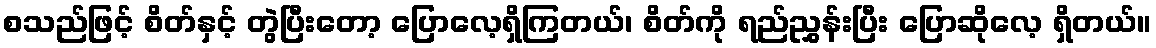
စသည်ဖြင့် စိတ်နှင့် တွဲပြီးတော့ ပြောလေ့ရှိကြတယ်၊ စိတ်ကို ရည်ညွှန်းပြီး ပြောဆိုလေ့ ရှိတယ်။